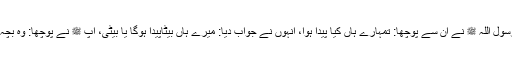
حضرت رباح روایت کرتے ہیں: رسول اللہ ﷺ نے اُن سے پوچھا: تمہارے ہاں کیا پیدا ہوا، اُنہوں نے جواب دیا: میرے ہاں بیٹاپیدا ہوگا یا بیٹی، آپ ﷺ نے پوچھا: وہ بچہ صورت میں کس سے مشابہ ہوگا؟